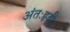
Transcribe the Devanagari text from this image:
अंतःहृदी